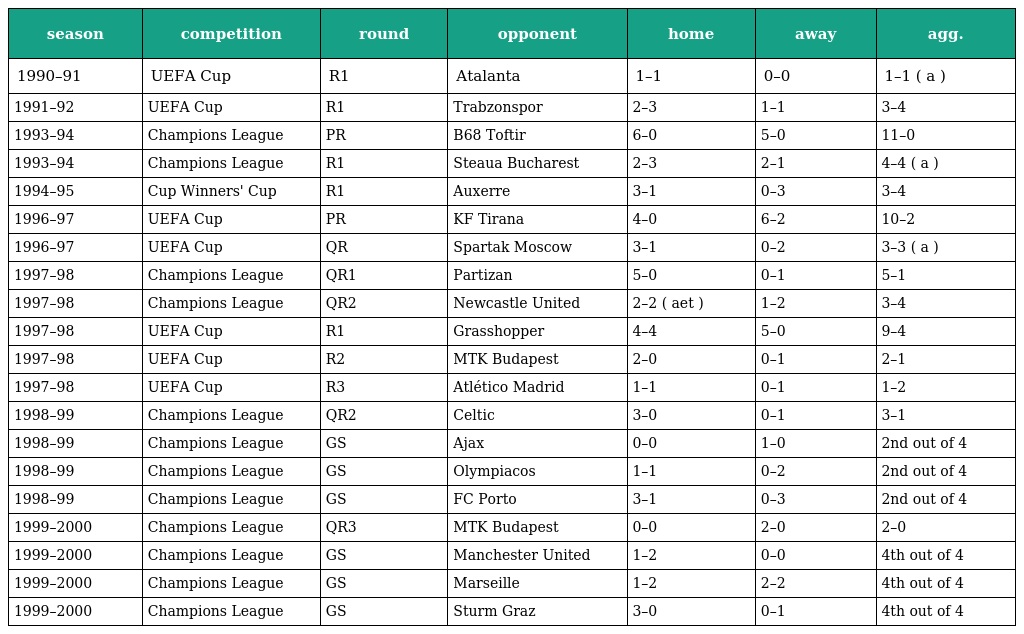
| season | competition | round | opponent | home | away | agg. |
 | --- | --- | --- | --- | --- | --- | --- |
 | 1990–91 | UEFA Cup | R1 | Atalanta | 1–1 | 0–0 | 1–1 ( a ) |
 | 1991–92 | UEFA Cup | R1 | Trabzonspor | 2–3 | 1–1 | 3–4 |
 | 1993–94 | Champions League | PR | B68 Toftir | 6–0 | 5–0 | 11–0 |
 | 1993–94 | Champions League | R1 | Steaua Bucharest | 2–3 | 2–1 | 4–4 ( a ) |
 | 1994–95 | Cup Winners' Cup | R1 | Auxerre | 3–1 | 0–3 | 3–4 |
 | 1996–97 | UEFA Cup | PR | KF Tirana | 4–0 | 6–2 | 10–2 |
 | 1996–97 | UEFA Cup | QR | Spartak Moscow | 3–1 | 0–2 | 3–3 ( a ) |
 | 1997–98 | Champions League | QR1 | Partizan | 5–0 | 0–1 | 5–1 |
 | 1997–98 | Champions League | QR2 | Newcastle United | 2–2 ( aet ) | 1–2 | 3–4 |
 | 1997–98 | UEFA Cup | R1 | Grasshopper | 4–4 | 5–0 | 9–4 |
 | 1997–98 | UEFA Cup | R2 | MTK Budapest | 2–0 | 0–1 | 2–1 |
 | 1997–98 | UEFA Cup | R3 | Atlético Madrid | 1–1 | 0–1 | 1–2 |
 | 1998–99 | Champions League | QR2 | Celtic | 3–0 | 0–1 | 3–1 |
 | 1998–99 | Champions League | GS | Ajax | 0–0 | 1–0 | 2nd out of 4 |
 | 1998–99 | Champions League | GS | Olympiacos | 1–1 | 0–2 | 2nd out of 4 |
 | 1998–99 | Champions League | GS | FC Porto | 3–1 | 0–3 | 2nd out of 4 |
 | 1999–2000 | Champions League | QR3 | MTK Budapest | 0–0 | 2–0 | 2–0 |
 | 1999–2000 | Champions League | GS | Manchester United | 1–2 | 0–0 | 4th out of 4 |
 | 1999–2000 | Champions League | GS | Marseille | 1–2 | 2–2 | 4th out of 4 |
 | 1999–2000 | Champions League | GS | Sturm Graz | 3–0 | 0–1 | 4th out of 4 |